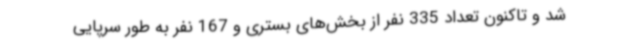
شد و تاکنون تعداد 335 نفر از بخش‌های بستری و 167 نفر به طور سرپایی